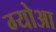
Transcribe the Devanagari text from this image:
ग्योआ